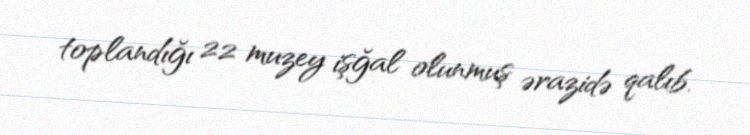
toplandığı 22 muzey işğal olunmuş ərazidə qalıb.